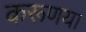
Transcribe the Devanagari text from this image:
करूणया